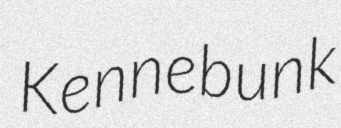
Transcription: Kennebunk